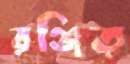
রঞ্জিত্